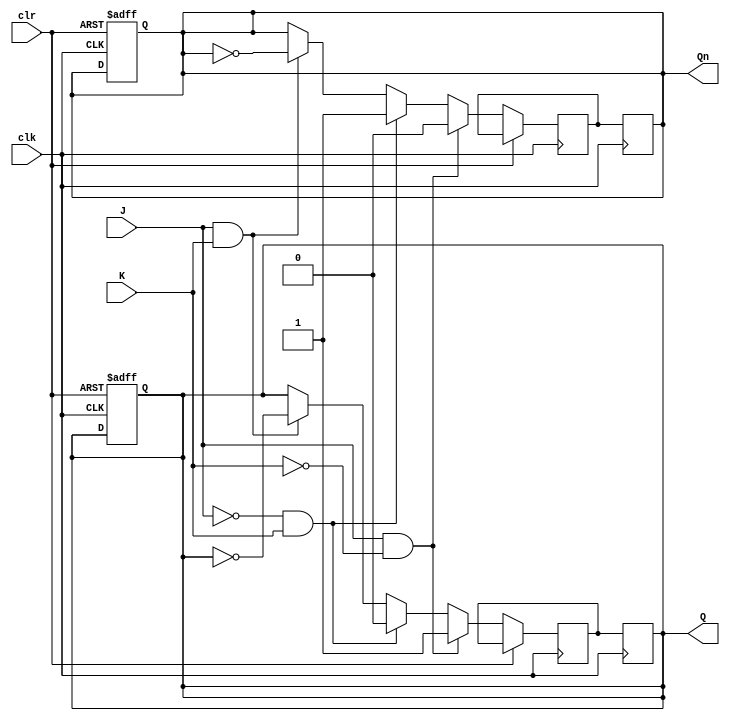
module neg_edge_jk_ff (
    input J, // J input
    input K, // K input
    input clk, // Clock input
    input clr, // Clear/reset input
    output reg Q, // Q output
    output reg Qn // Q' output
);

reg Q_next; // Next state of Q
reg Qn_next; // Next state of Q'

always @(negedge clk or posedge clr) begin
    if (clr == 1'b1) begin
        Q <= 1'b0;
        Qn <= 1'b1;
    end else begin
        if (J & ~K) begin
            Q_next <= 1'b1;
            Qn_next <= 1'b0;
        end else if (~J & K) begin
            Q_next <= 1'b0;
            Qn_next <= 1'b1;
        end else if (J & K) begin
            Q_next <= ~Q;
            Qn_next <= ~Qn;
        end else begin
            Q_next <= Q;
            Qn_next <= Qn;
        end
    end
end

always @(posedge clk) begin
    Q <= Q_next;
    Qn <= Qn_next;
end

endmodule